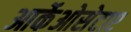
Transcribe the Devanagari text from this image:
आर्केओसेटाए